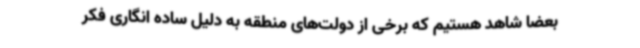
بعضا شاهد هستیم که برخی از دولت‌های منطقه به دلیل ساده انگاری فکر